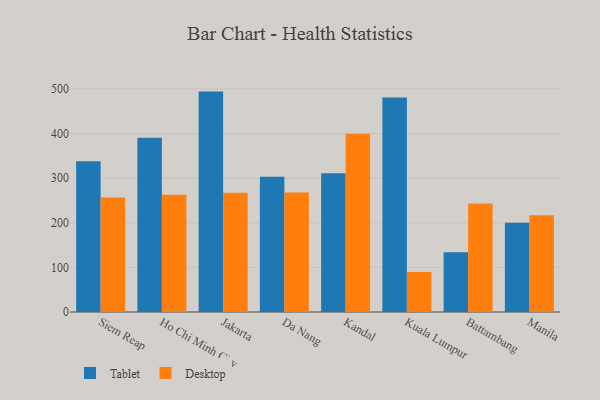
{"axis": {"x": "City", "y": "Production Output"}, "legend": ["Desktop", "Tablet"], "data": [{"x": "Siem Reap", "y": 337.8, "type": "Tablet"}, {"x": "Siem Reap", "y": 256.5, "type": "Desktop"}, {"x": "Ho Chi Minh City", "y": 390.3, "type": "Tablet"}, {"x": "Ho Chi Minh City", "y": 262.5, "type": "Desktop"}, {"x": "Jakarta", "y": 493.8, "type": "Tablet"}, {"x": "Jakarta", "y": 267.0, "type": "Desktop"}, {"x": "Da Nang", "y": 303.2, "type": "Tablet"}, {"x": "Da Nang", "y": 267.6, "type": "Desktop"}, {"x": "Kandal", "y": 310.8, "type": "Tablet"}, {"x": "Kandal", "y": 399.4, "type": "Desktop"}, {"x": "Kuala Lumpur", "y": 480.6, "type": "Tablet"}, {"x": "Kuala Lumpur", "y": 89.5, "type": "Desktop"}, {"x": "Battambang", "y": 134.1, "type": "Tablet"}, {"x": "Battambang", "y": 243.3, "type": "Desktop"}, {"x": "Manila", "y": 199.7, "type": "Tablet"}, {"x": "Manila", "y": 217.0, "type": "Desktop"}]}